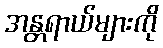
အန္တရာယ်များကို